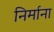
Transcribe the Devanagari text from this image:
निर्माना